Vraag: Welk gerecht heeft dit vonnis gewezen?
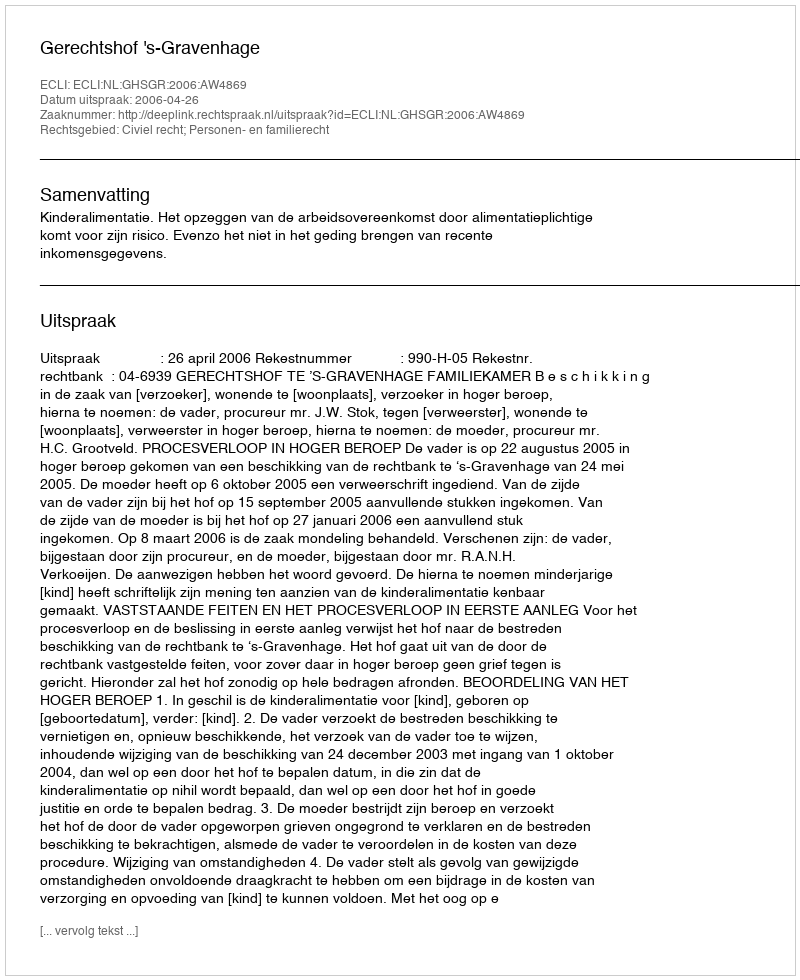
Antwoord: Gerechtshof 's-Gravenhage